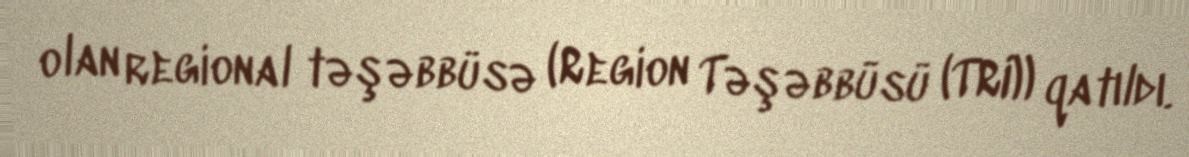
olan regional təşəbbüsə (Region Təşəbbüsü (TRI)) qatıldı.